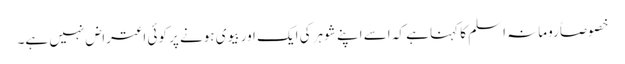
خصوصاً رومانہ اسلم کا کہنا ہے کہ اسے اپنے شوہر کی ایک اور بیوی ہونے پر کوئی اعتراض نہیں ہے۔